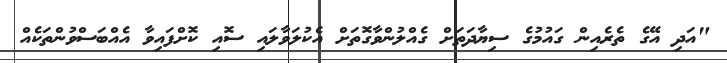
"އަދި އޭގެ ތެރެއިން ގައުމުގެ ސިޔާދަތަށް ގެއްލުންވާގޮތަށް އެކުލަވާލައި ސޮއި ކޮށްފައިވާ އެއްބަސްވުންތަކެއް